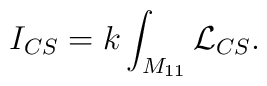
I_{CS} = k\int_{M_{11}} {\cal L}_{CS}.